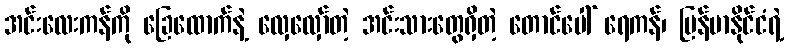
အင်းလေးကန်ကို ခြေထောက်နဲ့ လှေလှော်တဲ့ အင်းသားတွေရှိတဲ့ တောင်ပေါ် ရေကန်၊ မြန်မာနိုင်ငံရဲ့